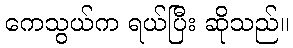
ကေသွယ်က ရယ်ပြီး ဆိုသည်။